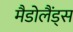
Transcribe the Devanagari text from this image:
मैडोलैंड्स